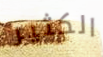
الكثير